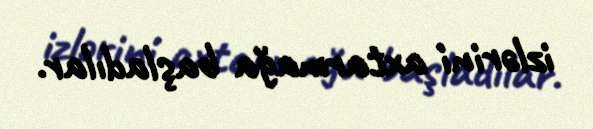
izlərini axtarmağa başladılar.